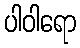
ပါဝါရော